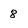
Character: 8